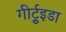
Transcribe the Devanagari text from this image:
गीर्ट्रुइडा